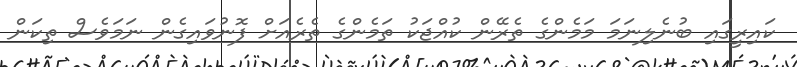
ކައިރީގައި ބުނެލިނަމަ މަމެންގެ ތެރޭން ކުއްޖަކު ތަމެންގެ ތެރެއަށް ފޮނުވައިގެން ނަމަވެސް ތިކަން